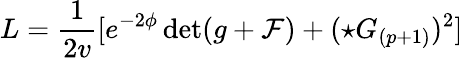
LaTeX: L={\frac{1}{2v}}[e^{-2\phi}\operatorname*{det}(g+{\cal F})+(\star G_{(p+1)})^{2}]